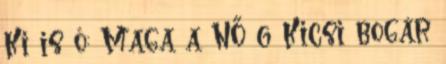
Ki is ő: Maga a NŐ 6 Kicsi bogár